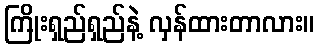
ကြိုးရှည်ရှည်နဲ့ လှန်ထားတာလား။